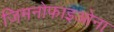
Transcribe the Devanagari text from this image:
जिमनोफाइओना